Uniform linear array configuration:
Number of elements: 4
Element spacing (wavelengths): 0.5
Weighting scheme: kaiser
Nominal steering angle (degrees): -15
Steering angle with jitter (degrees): -16.951
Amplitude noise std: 0.05
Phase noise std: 0.05

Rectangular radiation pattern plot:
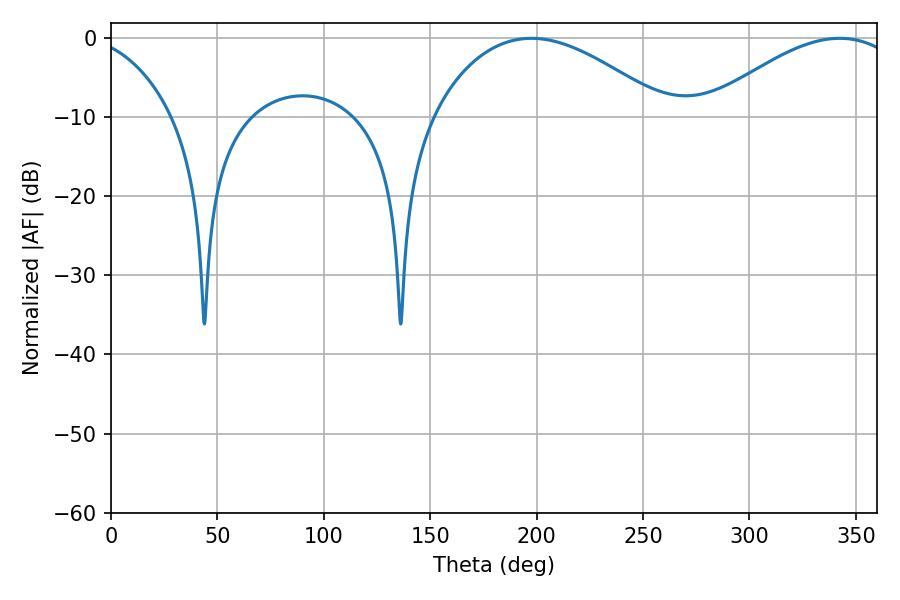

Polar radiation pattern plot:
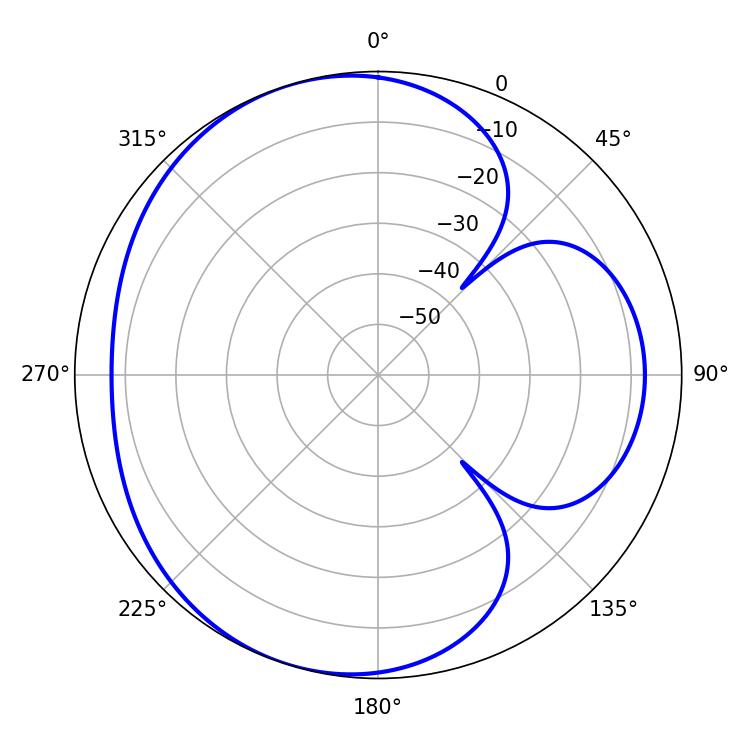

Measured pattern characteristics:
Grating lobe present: FALSE
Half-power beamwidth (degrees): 60.84
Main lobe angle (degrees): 197.64